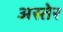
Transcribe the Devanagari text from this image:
अस्तेर